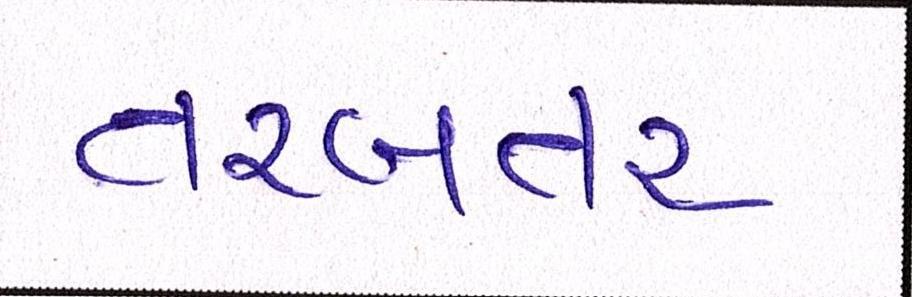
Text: તરબતર